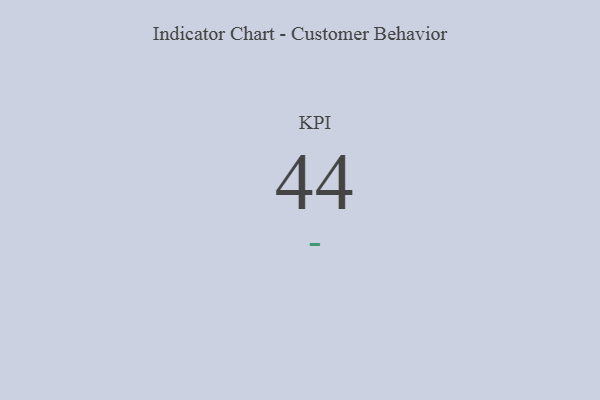
{"axis": {"x": "KPI", "y": "Value"}, "legend": [""], "data": [{"x": "KPI", "y": 44, "type": ""}]}